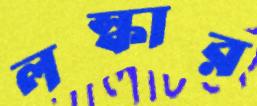
লস্কার